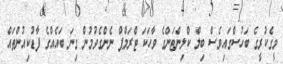
މީގެކުރީގެ ބަހުސްގައިވެސް ބިލް ކްލިންޓަންގެ ވާހަކަ ޓްރަމްޕް ނެންގެވުމުން ގިނަ ބައެއްގެ ފާޑުކިއުންތައް